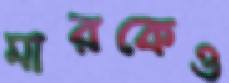
মারকেও